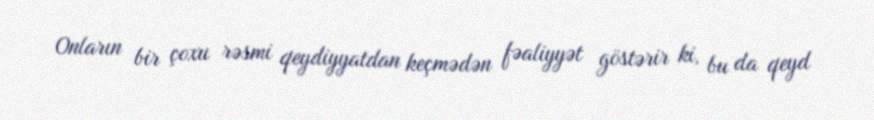
Onların bir çoxu rəsmi qeydiyyatdan keçmədən fəaliyyət göstərir ki, bu da qeyd